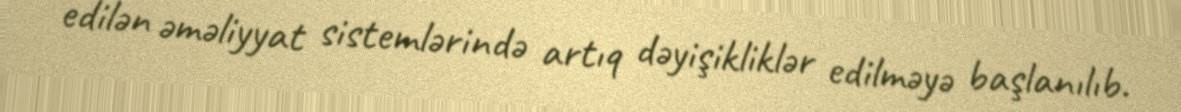
edilən əməliyyat sistemlərində artıq dəyişikliklər edilməyə başlanılıb.